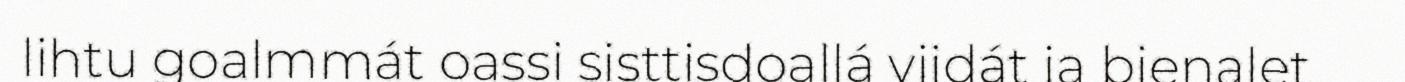
lihtu goalmmát oassi sisttisdoallá viidát ja bienalet